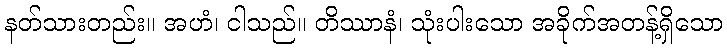
နတ်သားတည်း။ အဟံ၊ ငါသည်။ တိဿာနံ၊ သုံးပါးသော အခိုက်အတန့်ရှိသော